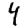
Digit: 4